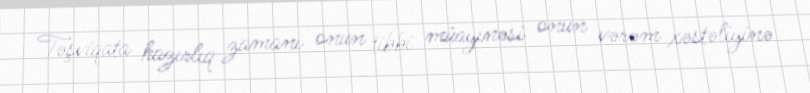
Təşviqata hazırlıq zamanı onun tibbi müayinəsi onun vərəm xəstəliyinə